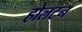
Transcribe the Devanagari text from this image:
होलटन